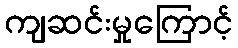
ကျဆင်းမှုကြောင့်